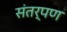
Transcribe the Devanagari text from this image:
संतर्पण